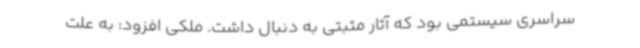
سراسری سیستمی بود که آثار مثبتی به دنبال داشت. ملکی افزود: به علت